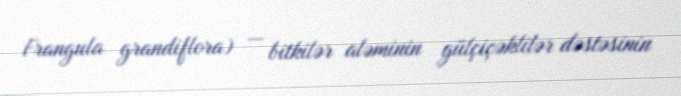
Frangula grandiflora) — bitkilər aləminin gülçiçəklilər dəstəsinin